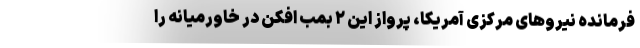
فرمانده نیروهای مرکزی آمریکا، پرواز این ۲ بمب افکن در خاورمیانه را